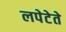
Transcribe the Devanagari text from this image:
लपेटेते